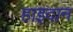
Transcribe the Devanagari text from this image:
हाइदान